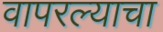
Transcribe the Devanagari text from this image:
वापरल्याचा